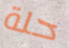
حلة